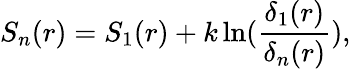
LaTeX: S_{n}(r)=S_{1}(r)+k\ln({\frac{\delta_{1}(r)}{\delta_{n}(r)}}),